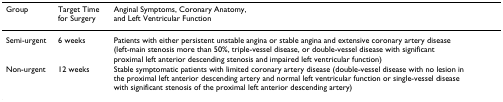
| Group | Target Time for Surgery | Anginal Symptoms, Coronary Anatomy, and Left Ventricular Function |
 | --- | --- | --- |
 | Semi-urgent | 6 weeks | Patients with either persistent unstable angina or stable angina and extensive coronary artery disease (left-main stenosis more than 50%, triple-vessel disease, or double-vessel disease with significant proximal left anterior descending stenosis and impaired left ventricular function) |
 | Non-urgent | 12 weeks | Stable symptomatic patients with limited coronary artery disease (double-vessel disease with no lesion inthe proximal left anterior descending artery and normal left ventricular function or single-vessel diseasewith significant stenosis of the proximal left anterior descending artery) |